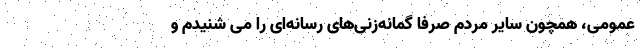
عمومی، همچون سایر مردم صرفاً گمانه‌زنی‌های رسانه‌ای را می شنیدم و